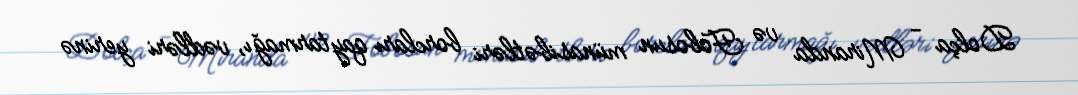
Dolça - Miranda və Fobosun münasibətləri borcları qaytarmağı, vədləri yerinə